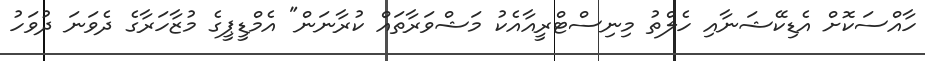
ހާއްސަކޮށް އެޑިކޭޝަނާއި ހެލްތު މިނިސްޓްރީއާއެކު މަޝްވަރާތައް ކުރާނަން" އެމްޑީޕީގެ މުޒާހަރާގެ ދެވަނަ ދުވަހު